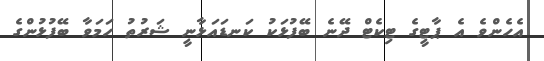
އެހެންވެ އެ ޕާޓީގެ ޓިކެޓް ދޭނެ ބޭފުޅަކު ކަނޑައަޅާނީ ޝަރުތު ހަމަވާ ބޭފުޅުންގެ